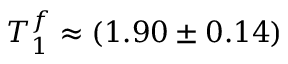
T _ { 1 } ^ { f } \approx ( 1 . 9 0 \pm 0 . 1 4 )